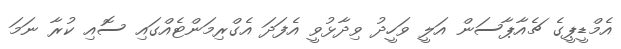
އެމްޑީޕީގެ ޗެއާޕާސަން އަލީ ވަހީދު ވިދާޅުވީ އެފަދަ އެގްރިމަންޓެއްގައި ސޮއި ކުރާ ނަމަ